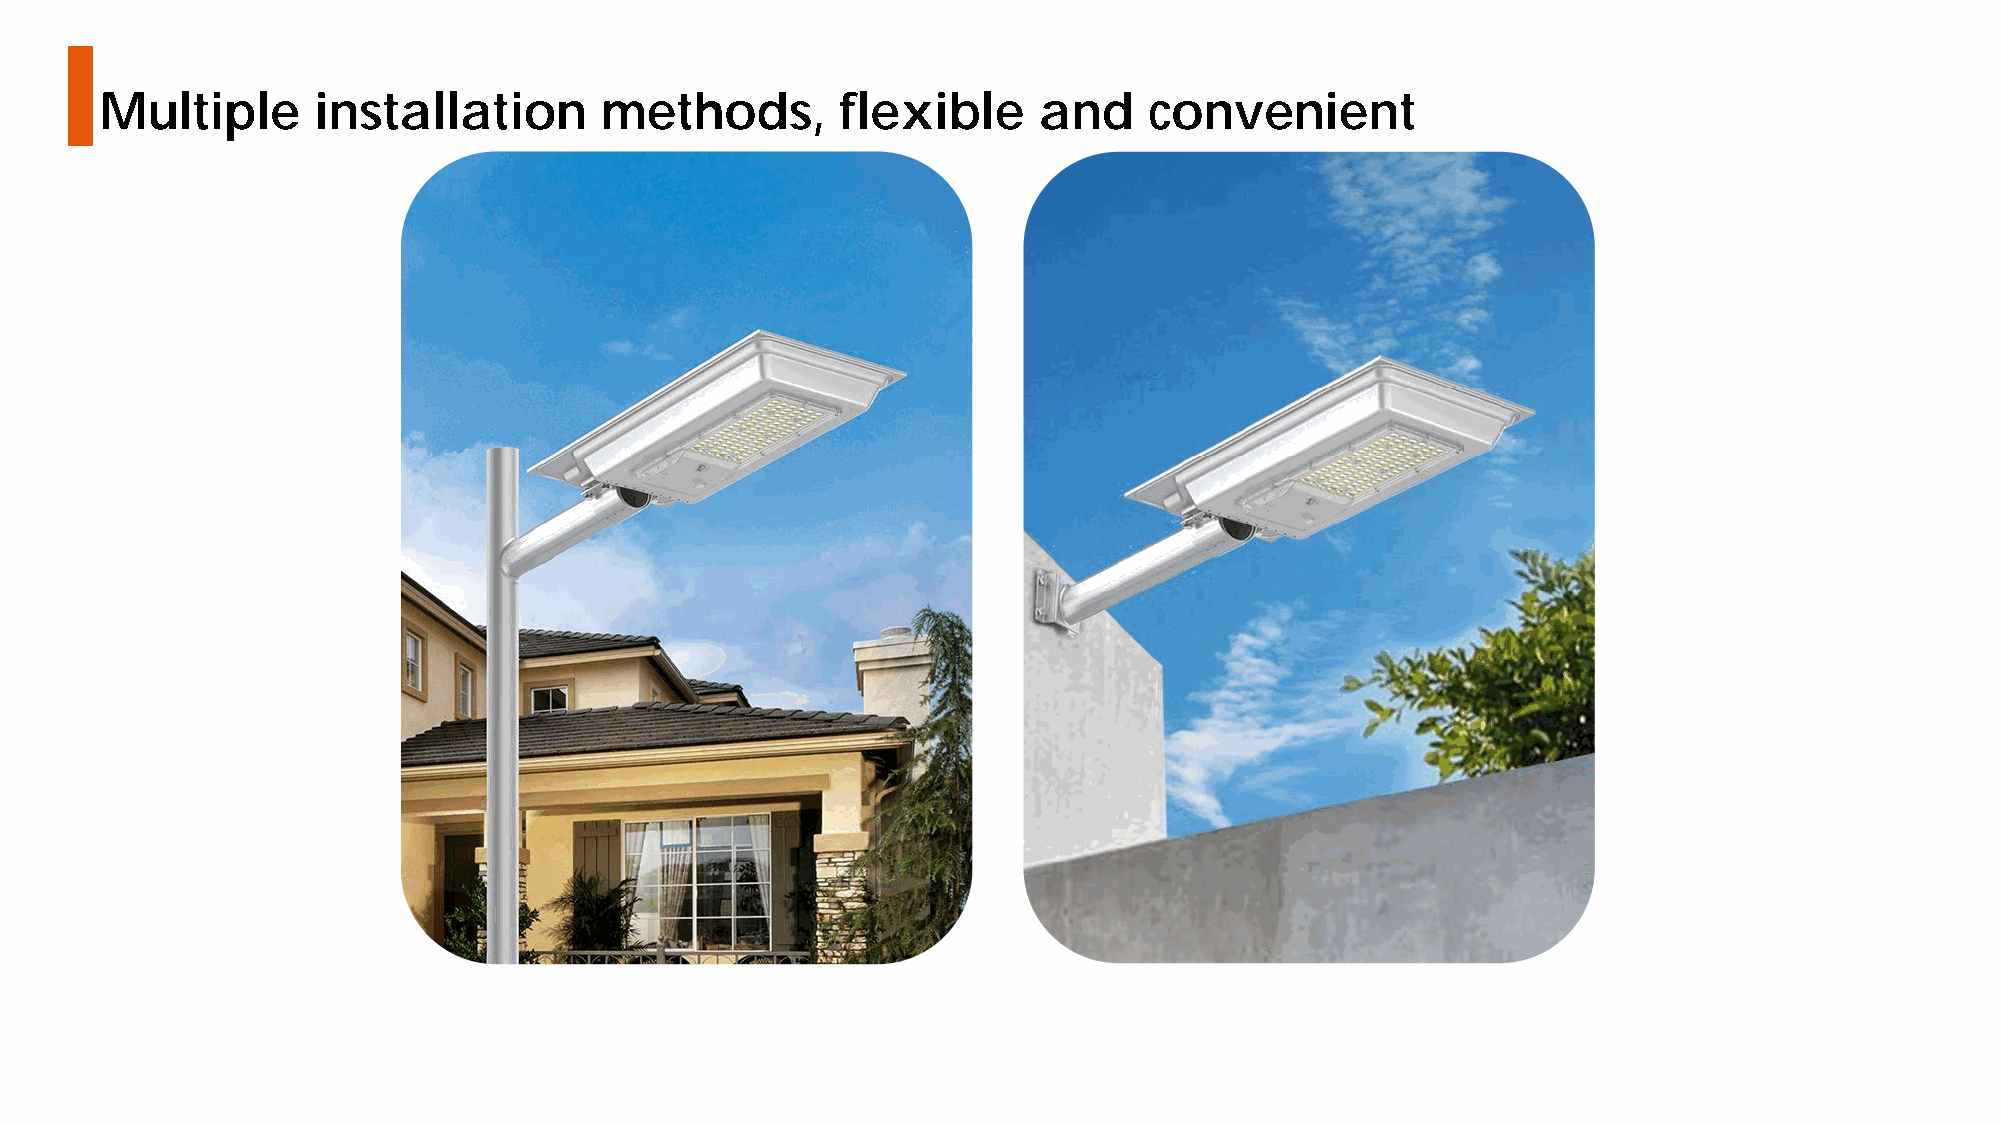
Multiple      installation       methods,       flexible      and    convenient